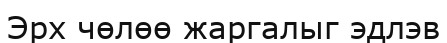
Эрх чөлөө жаргалыг эдлэв